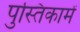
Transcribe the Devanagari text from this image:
पुस्‍तिकामें